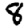
Digit: 8